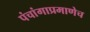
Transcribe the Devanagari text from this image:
पंचांगाप्रमाणेच